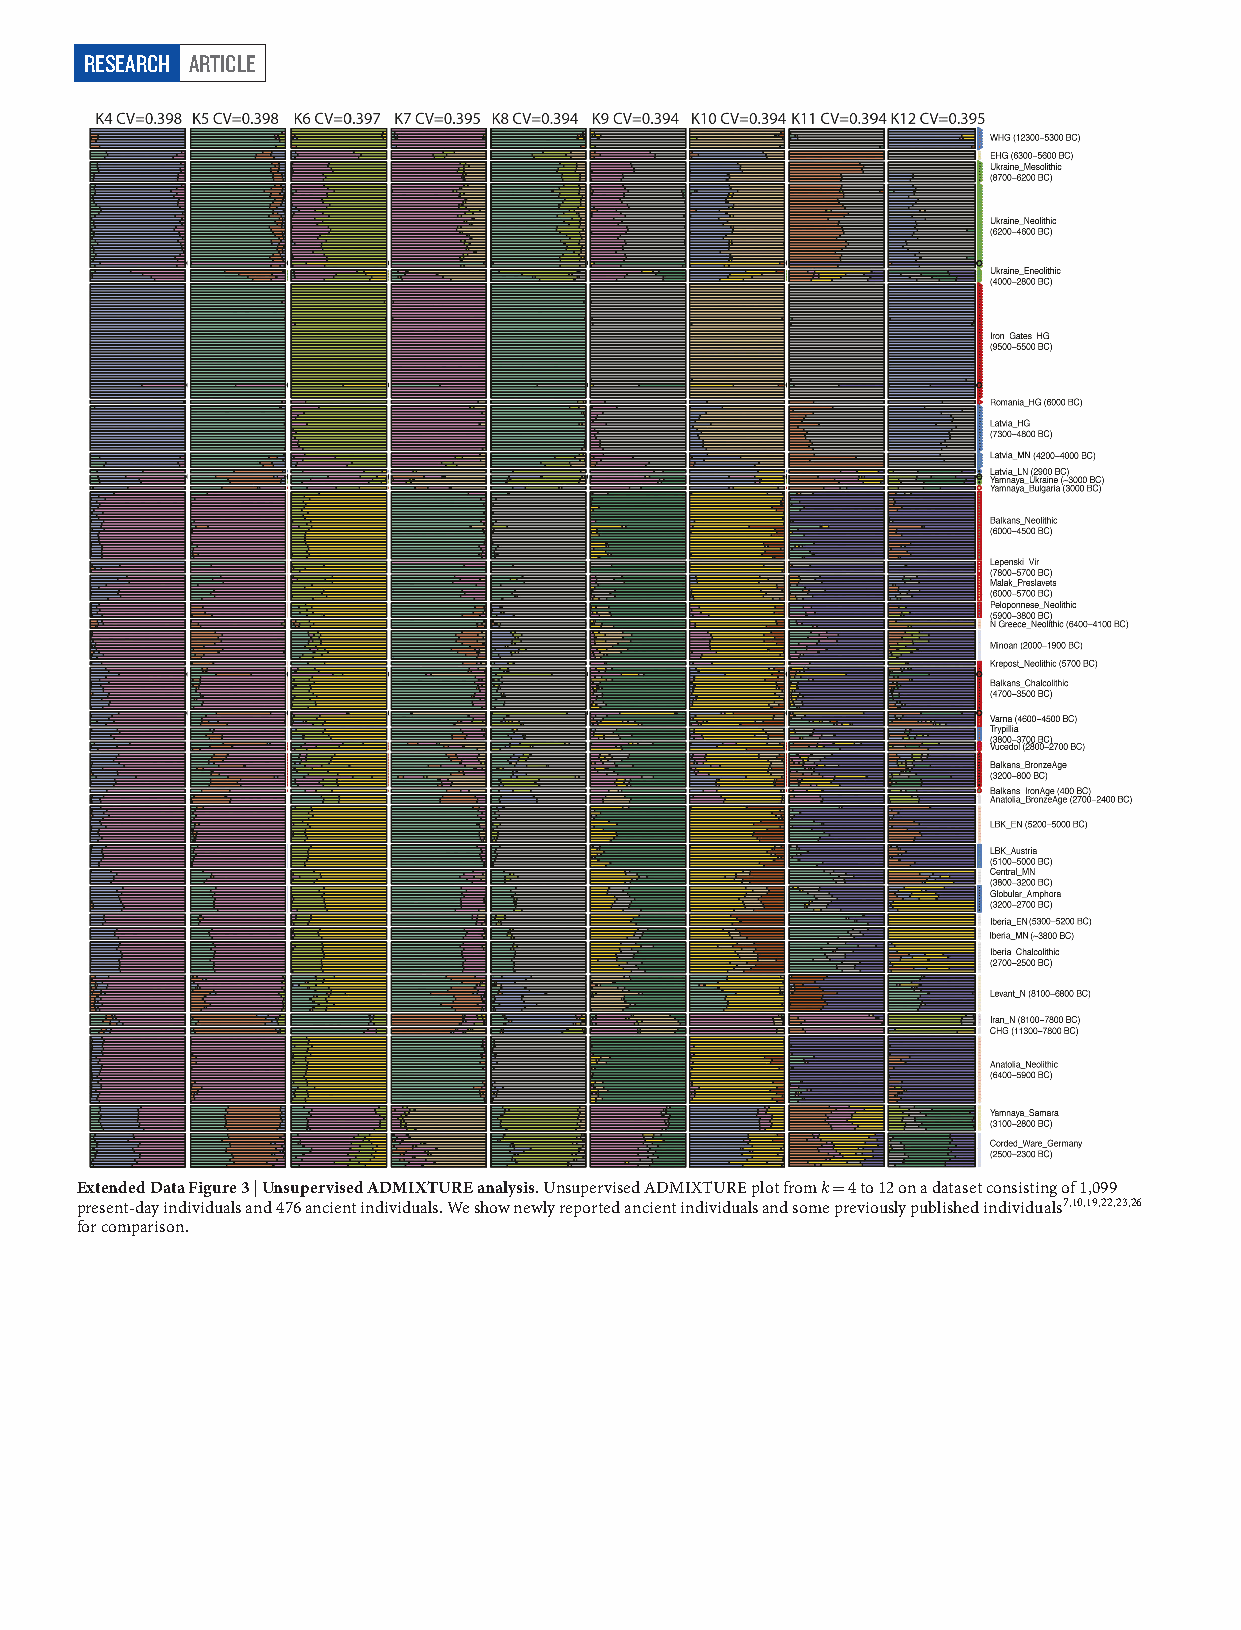
RESEARCH ARTICLE
 Extended Data Figure 3 | Unsupervised ADMIXTURE analysis. Unsupervised ADMIXTURE plot from k = 4 to 12 on a dataset consisting of 1,099
 present-day individuals and 476 ancient individuals. We show newly reported ancient individuals and some previously published individuals7,10,19,22,23,26
 for comparison.